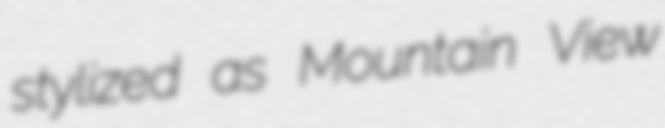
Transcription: stylized as Mountain View